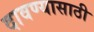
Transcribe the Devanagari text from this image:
दावण्यासाठी